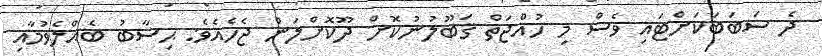
ދެ ސަބަބަކަށްޓައި ވެސް މި ހުއްޖަތް ޤަބޫލުނުކޮށް ދޫކޮށްލަން ޖެހެއެވެ: ޙިސާބު ބެއްލެވުމާއި